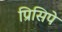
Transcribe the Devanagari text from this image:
प्रिसिपे